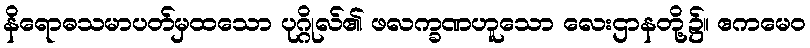
နိရောဓသမာပတ်မှထသော ပုဂ္ဂိုလ်၏ ဖလက္ခဏဟူသော လေးဌာနတို့၌။ ဧကမေဝ